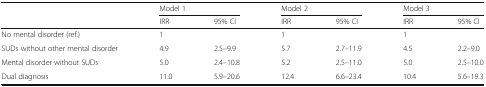
| <ROWSPAN=2>  | <COLSPAN=2> Model 1 | <COLSPAN=2> Model 2 | <COLSPAN=2> Model 3 |
 | IRR | 95% CI | IRR | 95% CI | IRR | 95% CI |
 | --- | --- | --- | --- | --- | --- | --- |
 | No mental disorder (ref.) | 1 |  | 1 |  | 1 |  |
 | SUDs without other mental disorder | 4.9 | 2.5–9.9 | 5.7 | 2.7–11.9 | 4.5 | 2.2–9.0 |
 | Mental disorder without SUDs | 5.0 | 2.4–10.8 | 5.2 | 2.5–11.0 | 5.0 | 2.5–10.0 |
 | Dual diagnosis | 11.0 | 5.9–20.6 | 12.4 | 6.6–23.4 | 10.4 | 5.6–19.3 |